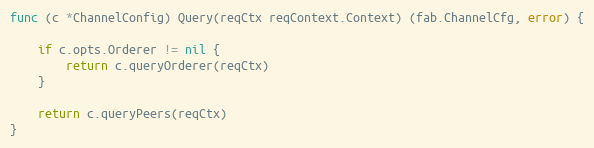
Language: Go
func (c *ChannelConfig) Query(reqCtx reqContext.Context) (fab.ChannelCfg, error) {

	if c.opts.Orderer != nil {
		return c.queryOrderer(reqCtx)
	}

	return c.queryPeers(reqCtx)
}